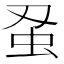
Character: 𮓵